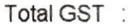
TOTAL GST :